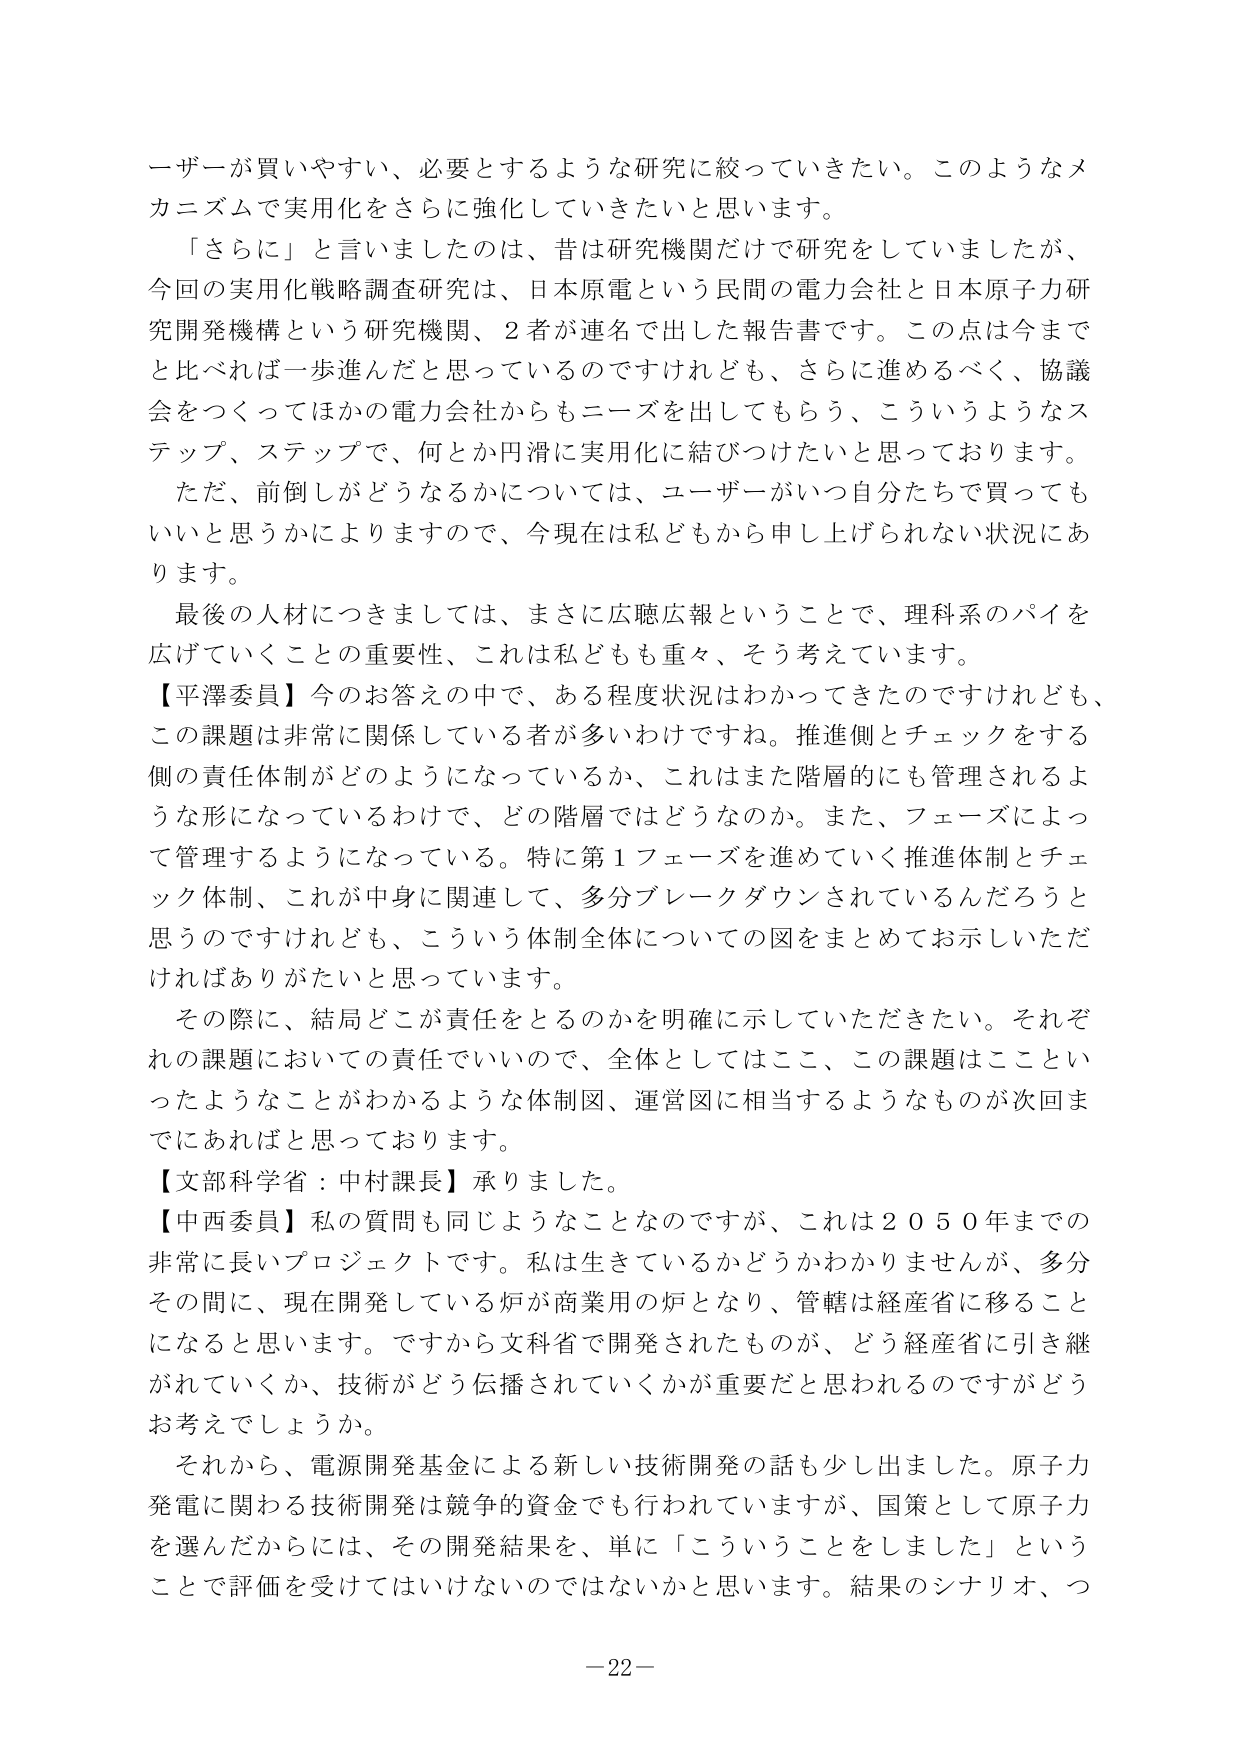
ユーザーが買いやすい、必要とするような研究に絞っていきたい。このようなメカニズムで実用化をさらに強化していきたいと思います。

「さらに」と言いましたのは、昔は研究機関だけで研究をしていましたが、今回の実用化戦略調査研究は、日本原電という民間の電力会社と日本原子力研究開発機構という研究機関、2者が連名で出した報告書です。この点は今までと比べれば一歩進んだと思っているのですけれども、さらに進めるべく、協議会をつくってほかの電力会社からもニーズを出してもらう、こういうようなステップ、ステップで、何とか円滑に実用化に結びつけたいと思っております。

ただ、前倒しがどうなるかについては、ユーザーがいつ自分たちで買ってもいいと思うかによりますので、今現在は私どもから申し上げられない状況にあります。

最後の人材につきましては、まさに広聴広報ということで、理科系のパイを広げていくことの重要性、これは私どもも重々、そう考えています。

【平澤委員】今のお答えの中で、ある程度状況はわかってきたのですけれども、この課題は非常に関係している者が多いわけですね。推進側とチェックをする側の責任体制がどのようになっているか、これはまた階層的にも管理されるような形になっているわけで、どの階層ではどうなのか。また、フェーズによって管理するようになっている。特に第1フェーズを進めていく推進体制とチェック体制、これが中身に関連して、多分ブレークダウンされているんだろうと思うのですけれども、こういう体制全体についての図をまとめてお示しいただければありがたいと思っています。

その際に、結局どこが責任をとるのかを明確に示していただきたい。それぞれの課題においての責任でいいので、全体としてはここ、この課題はここといったようなことがわかるような体制図、運営図に相当するようなものが次回までにあればと思っております。

【文部科学省：中村課長】承りました。

【中西委員】私の質問も同じようなことなのですが、これは2050年までの非常に長いプロジェクトです。私は生きているかどうかわかりませんが、多分その間に、現在開発している炉が商業用の炉となり、管轄は経産省に移ることになると思います。ですから文科省で開発されたものが、どう経産省に引き継がれていくか、技術がどう伝播されていくかが重要だと思われのですがどうお考えでしょうか。

それから、電源開発基金による新しい技術開発の話も少し出ました。原子力発電に関わる技術開発は競争的資金でも行われていますが、国策として原子力を選んだからには、その開発結果を、単に「こういうことをしました」ということで評価を受けてはいけないのではないかと思います。結果のシナリオ、つ

－22－